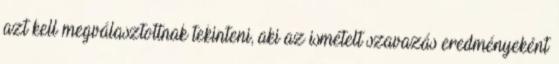
azt kell megválasztottnak tekinteni, aki az ismételt szavazás eredményeként